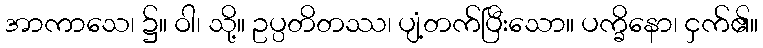
အာကာသေ၊ ၌။ ဝါ၊ သို့။ ဥပ္ပတိတဿ၊ ပျံ့တက်ပြီးသော။ ပက္ခိနော၊ ငှက်၏။